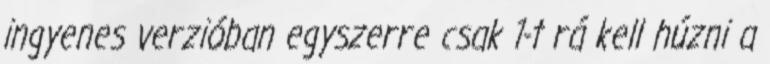
ingyenes verzióban egyszerre csak 1-t rá kell húzni a